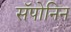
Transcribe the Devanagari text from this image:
सॅपोनिन